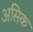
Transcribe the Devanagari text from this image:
असिक